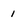
Character: I